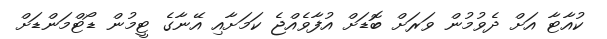
ކުއާޓާ އަށް ދެވުމުން ވަރަށް ބޮޑަށް އުފާވެއްޖެ ކަމަށާއި އޭނާގެ ޓީމުން ޑޯޓްމަންޑަށް